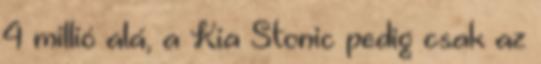
4 millió alá, a Kia Stonic pedig csak az